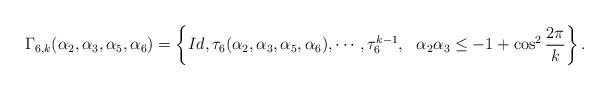
LaTeX: \begin{align*}\Gamma_{6,k}(\alpha_2,\alpha_3,\alpha_5,\alpha_6) =\left\{Id,\tau_{6}(\alpha_2, \alpha_3, \alpha_5, \alpha_6),\cdots,\tau_{6}^{k-1}, \ \ \alpha_{2} \alpha_{3} \leq -1+ \displaystyle\cos^2\frac{2\pi}{k}\right\}.\end{align*}